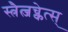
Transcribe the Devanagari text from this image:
स्त्रैत्जच्केत्स्